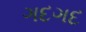
ગદગદ